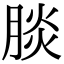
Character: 腅